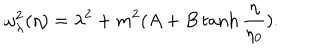
\omega _ { \lambda } ^ { 2 } ( \eta ) = \lambda ^ { 2 } + m ^ { 2 } ( A + B \tanh \frac { \eta } { \eta _ { 0 } } ) .